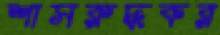
শাসরুদ্ধকর